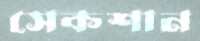
সেকশান